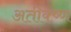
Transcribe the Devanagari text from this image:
अतीक्ष्ण